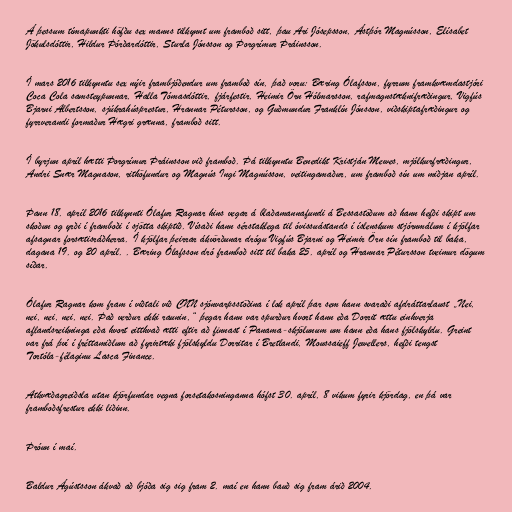
Á þessum tímapunkti höfðu sex manns tilkynnt um framboð sitt, þau Ari Jósepsson, Ástþór Magnússon, Elísabet
Jökulsdóttir, Hildur Þórðardóttir, Sturla Jónsson og Þorgrímur Þráinsson.

Í mars 2016 tilkynntu sex nýir frambjóðendur um framboð sín, það voru: Bæring Ólafsson, fyrrum framkvæmdastjóri
Coca Cola samsteypunnar, Halla Tómasdóttir, fjárfestir, Heimir Örn Hólmarsson, rafmagnstæknifræðingur, Vig­fús
Bjarni Al­berts­son, sjúkra­húsprest­ur, Hrannar Pétursson, og Guðmundur Franklín Jónsson, viðskiptafræðingur og
fyrrverandi formaður Hægri grænna, framboð sitt.

Í byrjun apríl hætti Þorgrímur Þráinsson við framboð. Þá tilkynntu Benedikt Kristján Mewes, mjólkurfræðingur,
Andri Snær Magnason, rithöfundur og Magnús Ingi Magnússon, veitingamaður, um framboð sín um miðjan apríl.

Þann 18. apríl 2016 tilkynnti Ólafur Ragnar hins vegar á blaðamannafundi á Bessastöðum að hann hefði skipt um
skoðun og yrði í framboði í sjötta skiptið. Vísaði hann sérstaklega til óvissuástands í íslenskum stjórnmálum í kjölfar
afsagnar forsætisráðherra. Í kjölfar þeirrar ákvörðunar drógu Vigfús Bjarni og Heimir Örn sín framboð til baka,
dagana 19. og 20 apríl. . Bæring Ólafsson dró framboð sitt til baka 25. apríl og Hrannar Pétursson tveimur dögum
síðar.

Ólafur Ragnar kom fram í viðtali við CNN sjónvarpsstöðina í lok apríl þar sem hann svaraði afdráttarlaust „Nei,
nei, nei, nei, nei. Það verður ekki raunin,“ þegar hann var spurður hvort hann eða Dorrit ættu einhverja
aflandsreikninga eða hvort eitthvað ætti eftir að finnast í Panama-skjölunum um hann eða hans fjölskyldu. Greint
var frá því í fréttamiðlum að fyrirtæki fjölskyldu Dorritar í Bretlandi, Moussaieff Jewellers, hefði tengst
Tortóla-félaginu Lasca Finance.

Atkvæðagreiðsla utan kjörfundar vegna forsetakosninganna hófst 30. apríl, 8 vikum fyrir kjördag, en þá var
framboðsfrestur ekki liðinn.

Þróun í maí.

Baldur Ágústsson ákvað að bjóða sig sig fram 2. maí en hann bauð sig fram árið 2004.